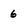
Character: 6